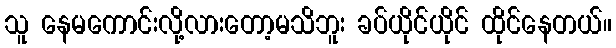
သူ နေမကောင်းလို့လားတော့မသိဘူး ခပ်ယိုင်ယိုင် ထိုင်နေတယ်။